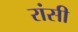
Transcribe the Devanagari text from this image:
रांसी